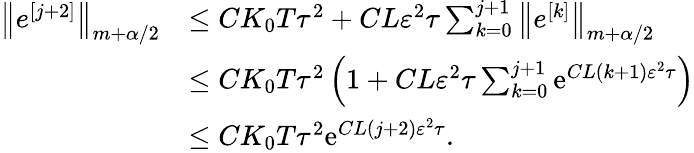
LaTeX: \begin{array}{rl}{\left\| e^{[j+2]}\right\| _{m+\alpha/2}}&{\leq{CK_{0}T\tau^{2}}+{CL\varepsilon^{2}\tau}\sum_{k=0}^{j+1}\left\| e^{[k]}\right\| _{m+\alpha/2}}\\ &{\leq{CK_{0}T\tau^{2}}\left(1+{CL\varepsilon^{2}\tau}\sum_{k=0}^{j+1}\mathrm{e}^{CL(k+1)\varepsilon^{2}\tau}\right)}\\ &{\leq{CK_{0}T\tau^{2}}\mathrm{e}^{CL(j+2)\varepsilon^{2}\tau}.}\end{array}